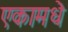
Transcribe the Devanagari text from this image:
एकामधे